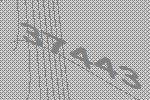
37443